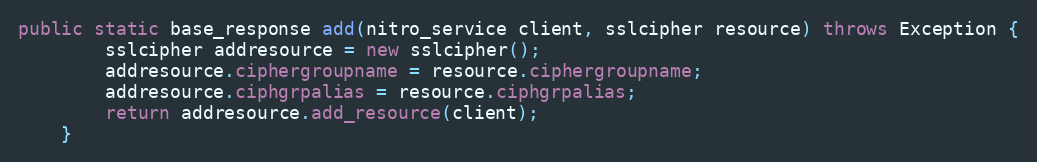
Language: Java
public static base_response add(nitro_service client, sslcipher resource) throws Exception {
		sslcipher addresource = new sslcipher();
		addresource.ciphergroupname = resource.ciphergroupname;
		addresource.ciphgrpalias = resource.ciphgrpalias;
		return addresource.add_resource(client);
	}